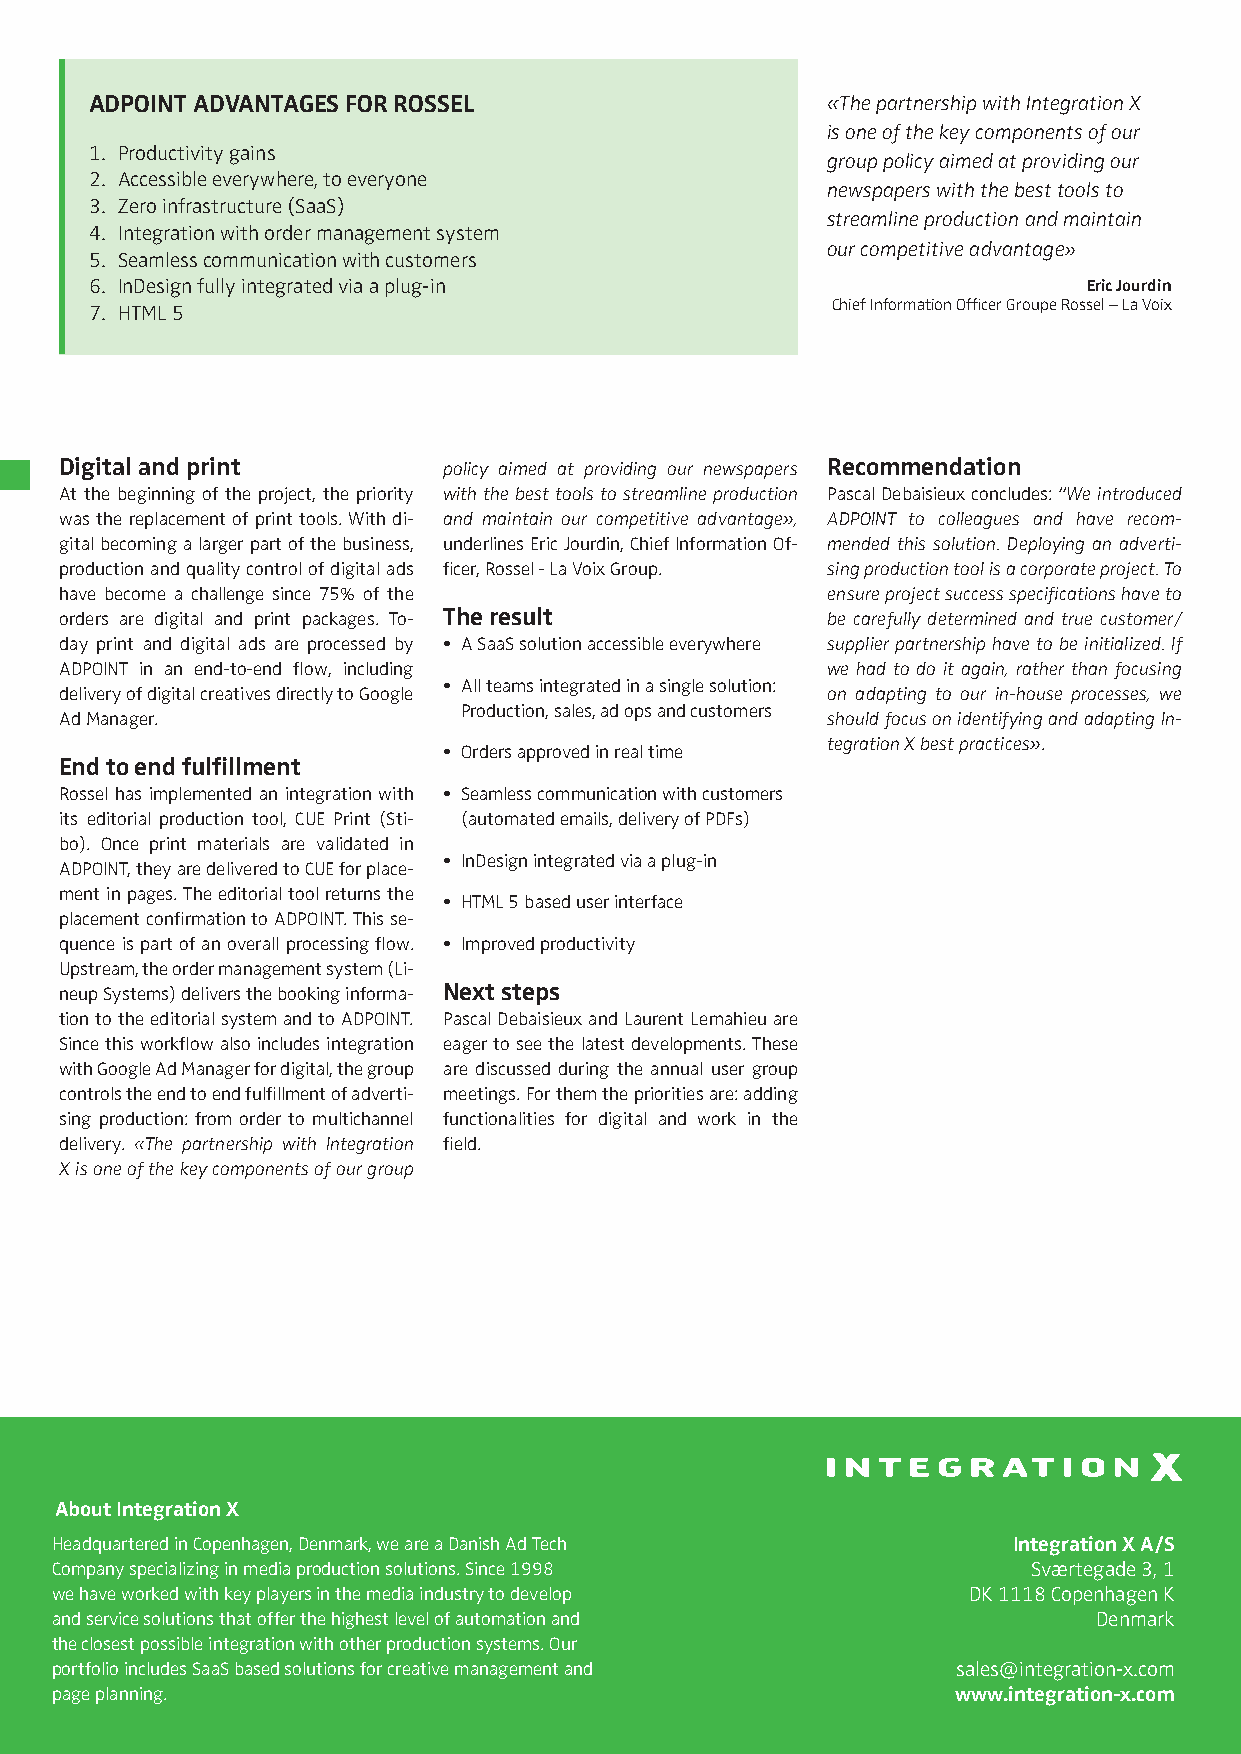
ADPOINT ADVANTAGES FOR ROSSEL                    «The partnership with Integration X
 is one of the key components of our
 1. Productivity gains
 group policy aimed at providing our
 2. Accessible everywhere, to everyone
 newspapers with the best tools to
 3. Zero infrastructure (SaaS)
 streamline production and maintain
 4. Integration with order management system
 our competitive advantage»
 5. Seamless communication with customers
 6. InDesign fully integrated via a plug-in                        Eric Jourdin
 Chief Information Officer Groupe Rossel – La Voix
 7. HTML 5
 Digital and print        policy aimed at providing our newspapers Recommendation
 At the beginning of the project, the priority with the best tools to streamline production Pascal Debaisieux concludes: “We introduced
 was the replacement of print tools. With di- and maintain our competitive advantage», ADPOINT to colleagues and have recom-
 gital becoming a larger part of the business, underlines Eric Jourdin, Chief Information Of- mended this solution. Deploying an adverti-
 production and quality control of digital ads ficer, Rossel - La Voix Group. sing production tool is a corporate project. To
 have become a challenge since 75% of the           ensure project success specifications have to
 orders are digital and print packages. To- The result be carefully determined and true customer/
 day print and digital ads are processed by • A SaaS solution accessible everywhere supplier partnership have to be initialized. If
 ADPOINT in an end-to-end flow, including           we had to do it again, rather than focusing
 • All teams integrated in a single solution:
 delivery of digital creatives directly to Google   on adapting to our in-house processes, we
 Production, sales, ad ops and customers
 Ad Manager.                                        should focus on identifying and adapting In-
 tegration X best practices».
 • Orders approved in real time
 End to end fulfillment
 Rossel has implemented an integration with • Seamless communication with customers
 its editorial production tool, CUE Print (Sti- (automated emails, delivery of PDFs)
 bo). Once print materials are validated in
 • InDesign integrated via a plug-in
 ADPOINT, they are delivered to CUE for place-
 ment in pages. The editorial tool returns the
 • HTML 5 based user interface
 placement confirmation to ADPOINT. This se-
 quence is part of an overall processing flow. • Improved productivity
 Upstream, the order management system (Li-
 neup Systems) delivers the booking informa- Next steps
 tion to the editorial system and to ADPOINT. Pascal Debaisieux and Laurent Lemahieu are
 Since this workflow also includes integration eager to see the latest developments. These
 with Google Ad Manager for digital, the group are discussed during the annual user group
 controls the end to end fulfillment of adverti- meetings. For them the priorities are: adding
 sing production: from order to multichannel functionalities for digital and work in the
 delivery. «The partnership with Integration field.
 X is one of the key components of our group
 About Integration X
 Headquartered in Copenhagen, Denmark, we are a Danish Ad Tech   Integration X A/S
 Company specializing in media production solutions. Since 1998   Sværtegade 3, 1
 we have worked with key players in the media industry to develop DK 1118 Copenhagen K
 and service solutions that offer the highest level of automation and  Denmark
 the closest possible integration with other production systems. Our
 portfolio includes SaaS based solutions for creative management and sales@integration-x.com
 page planning.                                              www.integration-x.com